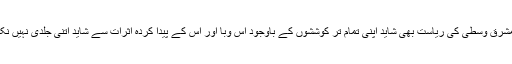
دبئی جیسی مشرقِ وسطیٰ کی ریاست بھی شاید اپنی تمام تر کوششوں کے باوجود اس وبا اور اس کے پیدا کردہ اثرات سے شاید اتنی جلدی نہیں نکل سکے گی۔